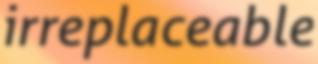
irreplaceable